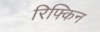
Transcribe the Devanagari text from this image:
रिफ्किन